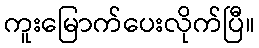
ကူးမြောက်ပေးလိုက်ပြီ။